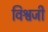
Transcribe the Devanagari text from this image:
विश्वजी